Insane asylums in Bengal annual reports 1876-1887 - 1876-1887
Year: 1876
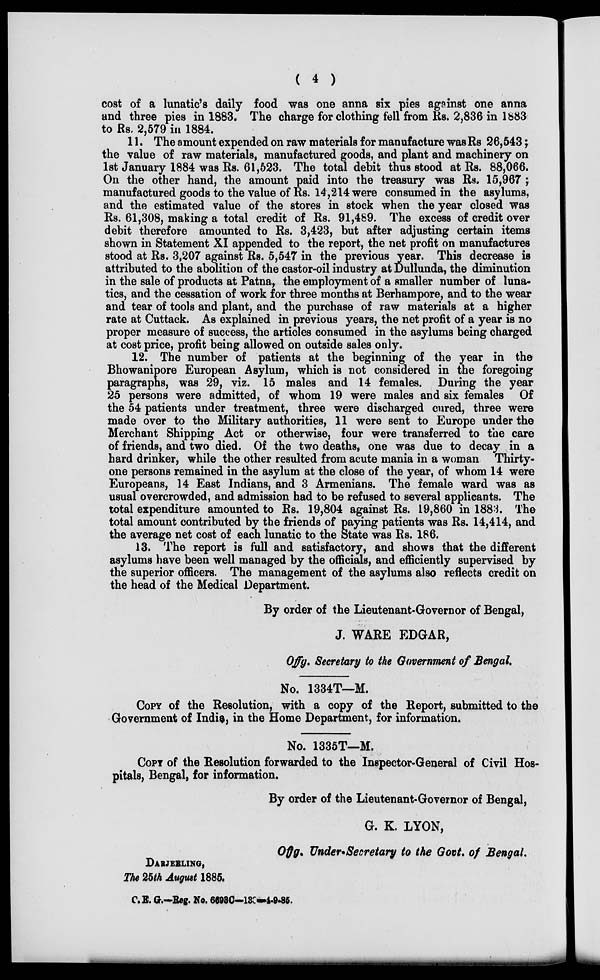
( 4 )
cost of a lunatic's daily food was one anna six pies against one anna
and three pies in 1883. The charge for clothing fell from Rs. 2,836 in 1883
to Rs. 2,579 in 1884.
11. The amount expended on raw materials for manufacture was Rs 26,543;
the value of raw materials, manufactured goods, and plant and machinery on
1st January 1884 was Rs. 61,523. The total debit thus stood at Rs. 88,066.
On the other hand, the amount paid into the treasury was Rs. 15,967 ;
manufactured goods to the value of Rs. 14,214 were consumed in the asylums,
and the estimated value of the stores in stock when the year closed was
Rs. 61,308, making a total credit of Rs. 91,489. The excess of credit over
debit therefore amounted to Rs. 3,423, but after adjusting certain items
shown in Statement XI appended to the report, the net profit on manufactures
stood at Rs. 3,207 against Rs. 5,547 in the previous year. This decrease is
attributed to the abolition of the castor-oil industry at Dullunda, the diminution
in the sale of products at Patna, the employment of a smaller number of luna-
tics, and the cessation of work for three months at Berhampore, and to the wear
and tear of tools and plant, and the purchase of raw materials at a higher
rate at Cuttack. As explained in previous years, the net profit of a year is no
proper measure of success, the articles consumed in the asylums being charged
at cost price, profit being allowed on outside sales only.
12. The number of patients at the beginning of the year in the
Bhowanipore European Asylum, which is not considered in the foregoing
paragraphs, was 29, viz. 15 males and 14 females. During the year
25 persons were admitted, of whom 19 were males and six females Of
the 54 patients under treatment, three were discharged cured, three were
made over to the Military authorities, 11 were sent to Europe under the
Merchant Shipping Act or otherwise, four were transferred to the care
of friends, and two died. Of the two deaths, one was due to decay in a
hard drinker, while the other resulted from acute mania in a woman Thirty-
one persons remained in the asylum at the close of the year, of whom 14 were
Europeans, 14 East Indians, and 3 Armenians. The female ward was as
usual overcrowded, and admission had to be refused to several applicants. The
total expenditure amounted to Rs. 19,804 against Rs. 19,860 in 1883. The
total amount contributed by the friends of paying patients was Rs. 14,414, and
the average net cost of each lunatic to the State was Rs. 186.
13. The report is full and satisfactory, and shows that the different
asylums have been well managed by the officials, and efficiently supervised by
the superior officers. The management of the asylums also reflects credit on
the head of the Medical Department.
By order of the Lieutenant-Governor of Bengal,
J. WARE EDGAR,
Offg. Secretary to the Government of Bengal.
No. 1334T—M.
COPY of the Resolution, with a copy of the Report, submitted to the
Government of India, in the Home Department, for information.
No. 1335T—M.
COPY of the Resolution forwarded to the Inspector-General of Civil Hos-
pitals, Bengal, for information.
By order of the Lieutenant-Governor of Bengal,
G. K. LYON,
Offg. Under-Secretary to the Govt. of Bengal.
DARJEELING,
The 25th August 1885.
C. E. G.—Reg. No. 66930—130—4-9-85.